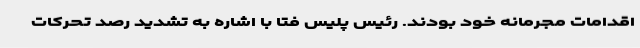
اقدامات مجرمانه خود بودند. رئیس پلیس فتا با اشاره به تشدید رصد تحرکات